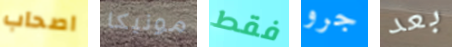
اصحاب مونيكا فقط جرو بعد